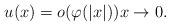
LaTeX: \begin{align*} u(x) = o(\varphi(|x|))x\to 0.\end{align*}